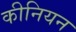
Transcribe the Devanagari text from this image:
कीनियन